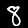
Label: 8